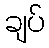
ချပ်